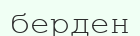
берден